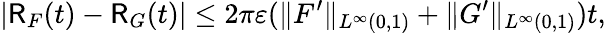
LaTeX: |\mathsf{R}_{F}(t)-\mathsf{R}_{G}(t)|\leq 2\pi\varepsilon(\| F^{\prime}\| _{L^{\infty}(0,1)}+\| G^{\prime}\| _{L^{\infty}(0,1)})t,